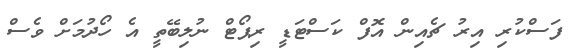
ފަސްކުރި އިރު ޗެއިން އޮފް ކަސްޓަޑީ ރިޕޯޓް ނުލިބޭތީ އެ ހޯދުމަށް ވެސް